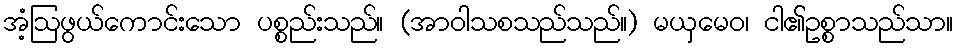
အံ့ဩဖွယ်ကောင်းသော ပစ္စည်းသည်။ (အာဝါသစသည်သည်။) မယှမေဝ၊ ငါ၏ဥစ္စာသည်သာ။